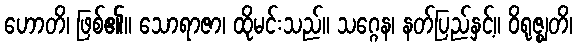
ဟောတိ၊ ဖြစ်၏။ သောရာဇာ၊ ထိုမင်းသည်။ သဂ္ဂေန၊ နတ်ပြည်နှင့်။ ဝိရုဇ္ဈတိ၊